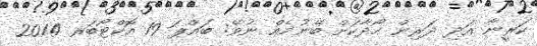
ކަރީނާ އަދި ދަރިން ހޯދާކަށް ބޭނުމެއް ނުވޭ: ބައްޕަ 19 އޮކްޓޯބަރ 2014